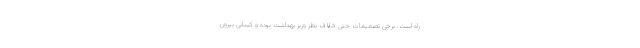
راه است. برخی تصمیمات حتی خلاف نظر وزیر بهداشت بوده و کسانی بیرون